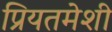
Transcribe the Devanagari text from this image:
प्रियतमेशी